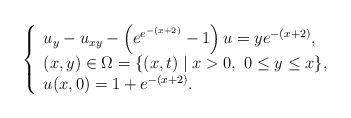
\begin{align*} \left\{ \begin{array}{ll} u_{y}-u_{xy}-\left(e^{e^{-(x+2)}}-1\right)u=ye^{-(x+2)},\\ (x,y)\in \Omega=\{(x,t)\mid x>0,\ 0\leq y\leq x\}, \\ u(x,0)=1+e^{-(x+2)}. \end{array} \right. \end{align*}